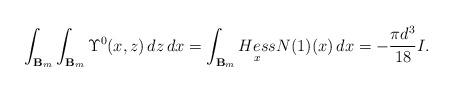
LaTeX: \begin{align*}\int_{\mathbf{B}_m}\int_{\mathbf{B}_m}\Upsilon^0(x, z)\,dz\,dx=\int_{\mathbf{B}_m}\underset{x}{Hess}N(1)(x)\,dx=-\frac{\pi d^3}{18}I.\end{align*}